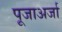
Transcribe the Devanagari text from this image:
पूजाअर्जा